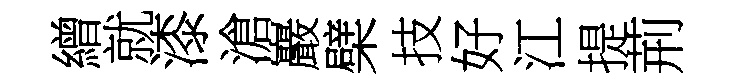
繒就漆滄巖檗技好江提荊